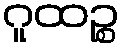
ဂူထဉ္စ